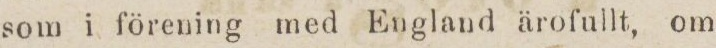
som i förening med England ärofullt, om